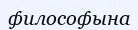
философына